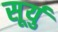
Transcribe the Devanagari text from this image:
सूर्यु